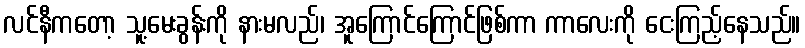
လင်နီကတော့ သူ့မေးခွန်းကို နားမလည်၊ အူကြောင်ကြောင်ဖြစ်ကာ ကာလေးကို ငေးကြည့်နေသည်။